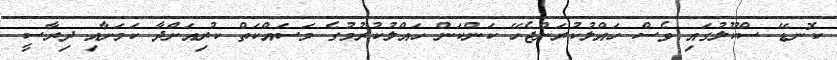
ކޮނޑޭ ސްކޫލުގައި ވެސް ހައްލުކުރަންޖެހޭ ކަންކަން ހައްލުކުރުމުގެ މަސައްކަތް ކުރިއަށްދާ ކަމަށާއި ދިރާސީ